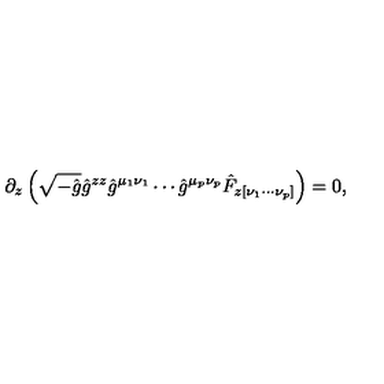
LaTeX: \partial _ { z } \left( \sqrt { - \hat { g } } \hat { g } ^ { z z } \hat { g } ^ { \mu _ { 1 } \nu _ { 1 } } \cdots \hat { g } ^ { \mu _ { p } \nu _ { p } } \hat { F } _ { z [ \nu _ { 1 } \cdots \nu _ { p } ] } \right) = 0 ,